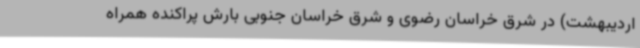
اردیبهشت) در شرق خراسان رضوی و شرق خراسان جنوبی بارش پراکنده همراه